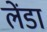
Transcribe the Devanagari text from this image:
लेंडा